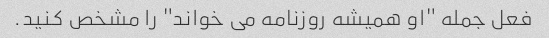
فعل جمله "او همیشه روزنامه می خواند" را مشخص کنید.